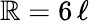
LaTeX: \mathbb{R}=6\, \ell